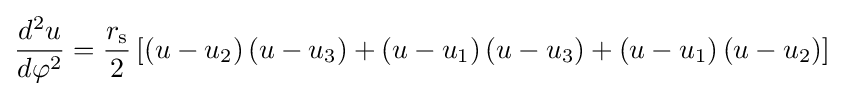
{\frac {d^{2}u}{d\varphi ^{2}}}={\frac {r_{\text{s}}}{2}}\left[\left(u-u_{2}\right)\left(u-u_{3}\right)+\left(u-u_{1}\right)\left(u-u_{3}\right)+\left(u-u_{1}\right)\left(u-u_{2}\right)\right]